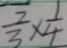
\frac { 2 } { 3 } \times \frac { 1 } { 4 }